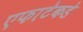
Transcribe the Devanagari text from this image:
एफाटेकडे